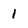
Character: 1